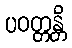
ပဝတ္တန္တိ